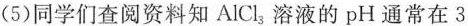
（5）同学们查阅资料知AICl_{3}溶液的pH通常在3